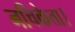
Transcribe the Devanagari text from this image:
नचिकेता।